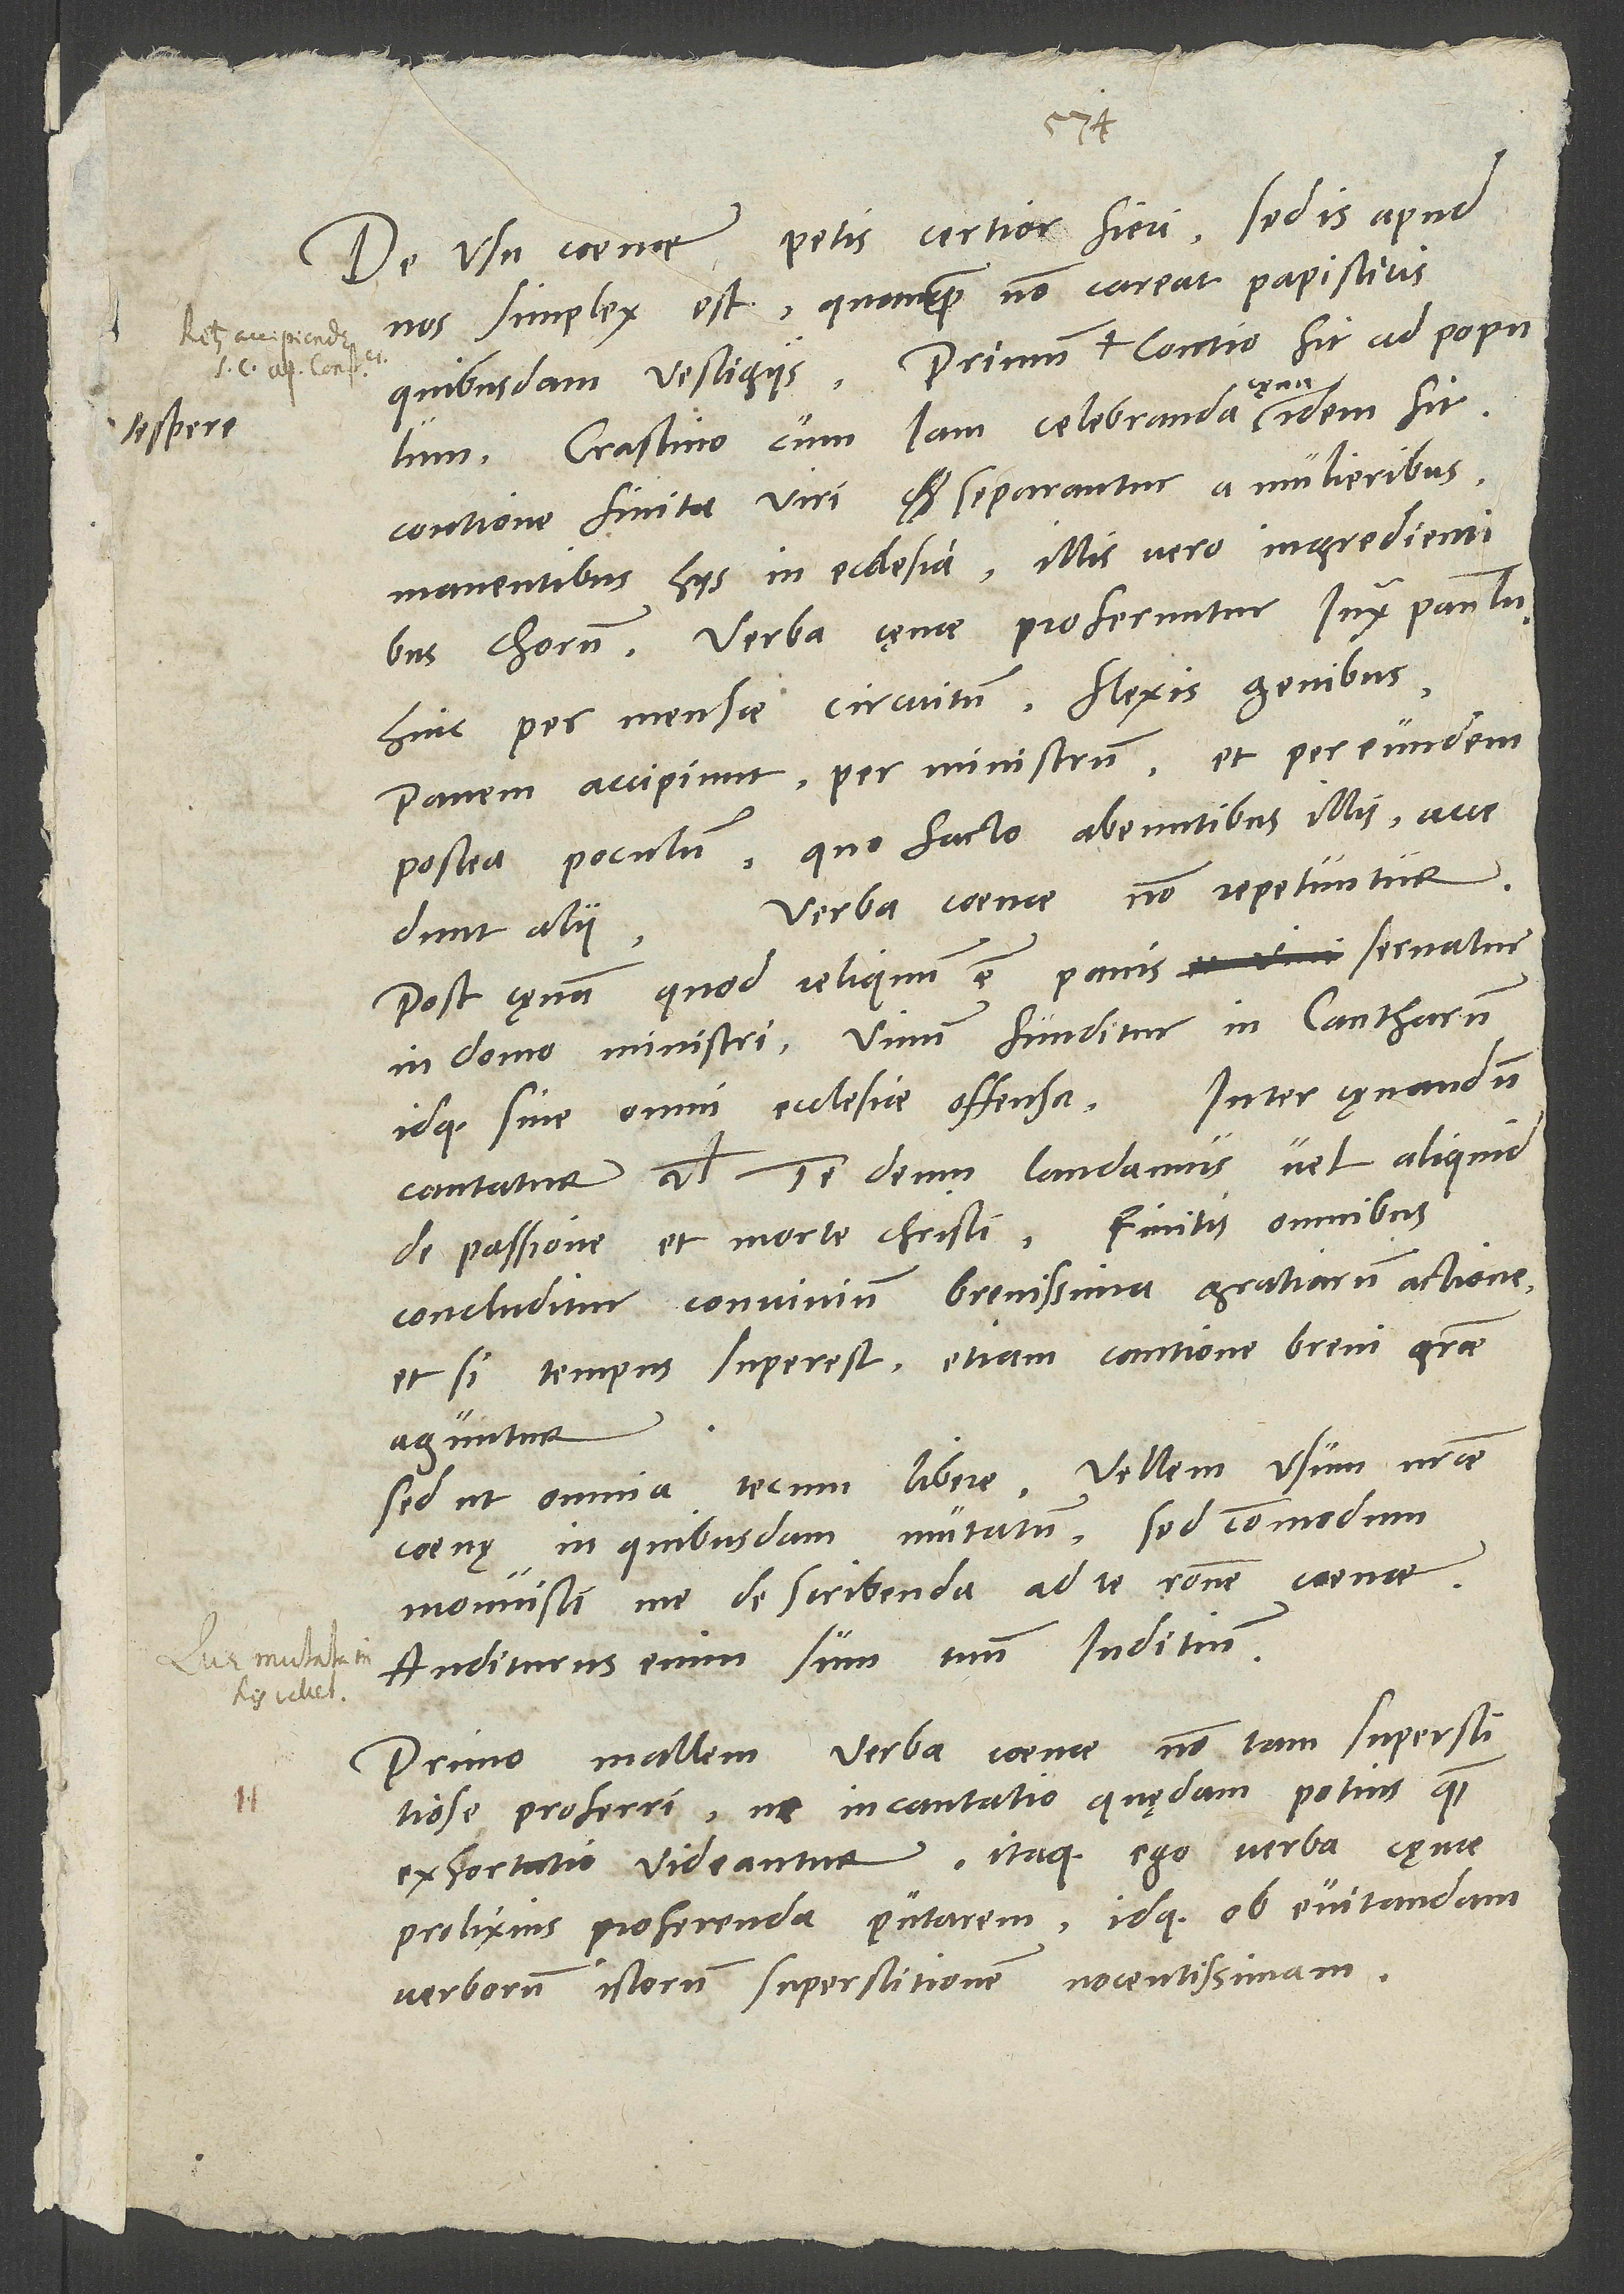
De usu coenae petis certior fieri. Sed is apud
nos simplex est, quamquam non careat papisticis
quibusdam vestigiis.
vespere
Crastino cum iam celebranda cęna idem fit.
Contione finita viri separantur a mulieribus
manentibus hiis in ecclesia, illis vero ingredientibus
chorum. Verba cęnae proferuntur iuxta Paulum.
Hinc per mensae circuitum flexis genibus
panem accipiunt per ministrum et per eundem
postea poculum, quo facto abeuntibus illis accedunt
Verba coenae non repetuntur.
alii.
Post cęnam quod reliquum est panis, servatur
in domo ministri, vinum funditur in cantharum
idque sine omni ecclesiae offensa. Inter cęnandum
cantatur vel Te deum laudamus vel aliquid
de passione et morte Christi. Finitis omnibus
concluditur convivium brevissima gratiarum actione
et, si tempus superest, etiam cantione brevi gratiae
aguntur.
Sed ut omnia tecum libere: Vellem usum nostrae
coenę in quibusdam mutatum. Sed commodum
monuisti me de scribenda ad te ratione coenae;
auditurus enim sum tuum iuditium.
Primo mallem verba coenae non tam superstitiose
proferri, ne incantatio quędam potius quam
exhortatio videantur. Itaque ego verba cęnae
prolixius proferenda putarem idque ob evitandam
verborum istorum superstitionem nocentissimam.